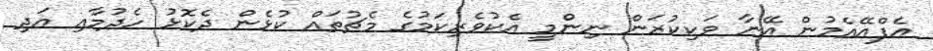
އެފްއޭއެމުން އޭނާ ވަކިކުރަން ނިންމީ އެކުވެރިކަމުގެ މެޗުތައް ކުޅެން ދެކޮޅު ހެދުމާއި އަދި